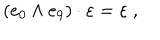
LaTeX: \left( e _ { 0 } \wedge e _ { 9 } \right) \cdot \varepsilon = \varepsilon ~ ,